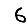
Digit: 6